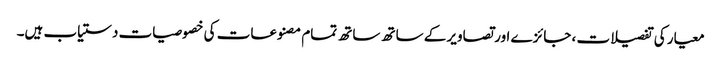
معیار کی تفصیلات ، جائزے اور تصاویر کے ساتھ ساتھ تمام مصنوعات کی خصوصیات دستیاب ہیں۔